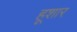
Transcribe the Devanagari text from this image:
हूशार